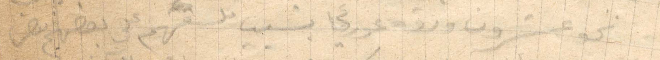
نحو عشرون ورقة عوري بسبب لصقهم على بعضهم البعض